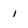
Character: 1